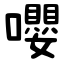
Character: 嚶